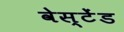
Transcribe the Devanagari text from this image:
वेस्टेंड